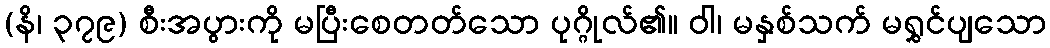
(နိ၊ ၃၇၉) စီးအပွားကို မပြီးစေတတ်သော ပုဂ္ဂိုလ်၏။ ဝါ၊ မနှစ်သက် မရွှင်ပျသော